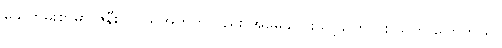
သေတမ်းစာမှာ ဇနီးလုပ်သူအတွက်လည်း အမွေခွဲပေးသင့်ကြောင်း သူက ပြောတယ်။